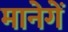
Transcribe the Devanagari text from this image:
मानेगें